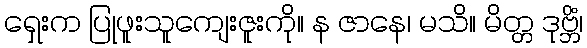
ရှေးက ပြုဖူးသူကျေးဇူးကို။ န ဇာနေ၊ မသိ။ မိတ္တ ဒုဗ္ဘိံ၊